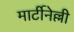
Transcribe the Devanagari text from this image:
मार्टीनेल्ली